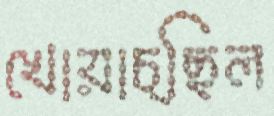
খোয়াচ্ছিল